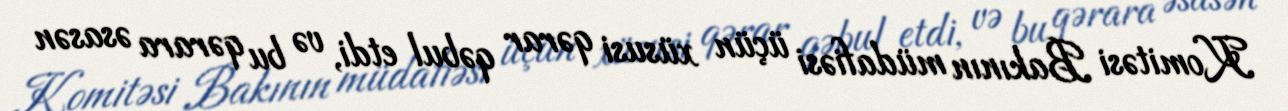
Komitəsi Bakının müdafiəsi üçün xüsusi qərar qəbul etdi, və bu qərara əsasən